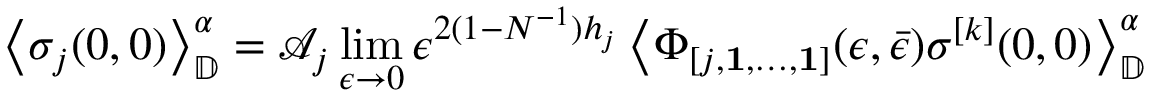
\left\langle \sigma _ { j } ( 0 , 0 ) \right\rangle _ { \mathbb { D } } ^ { \alpha } = \mathcal { A } _ { j } \operatorname* { l i m } _ { \epsilon \rightarrow 0 } \epsilon ^ { 2 ( 1 - N ^ { - 1 } ) h _ { j } } \left\langle \Phi _ { [ j , \mathbf { 1 } , \dots , \mathbf { 1 } ] } ( \epsilon , \bar { \epsilon } ) \sigma ^ { [ k ] } ( 0 , 0 ) \right\rangle _ { \mathbb { D } } ^ { \alpha }